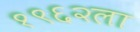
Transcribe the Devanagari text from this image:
१९६२ला